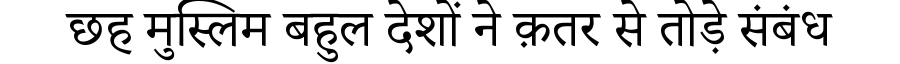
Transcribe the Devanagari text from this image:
छह मुस्लिम बहुल देशों ने क़तर से तोड़े संबंध